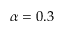
\alpha = 0 . 3